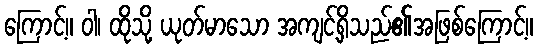
ကြောင့်။ ဝါ၊ ထိုသို့ ယုတ်မာသော အကျင့်ရှိသည်၏အဖြစ်ကြောင့်။